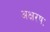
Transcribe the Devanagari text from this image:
अक्षरषः